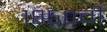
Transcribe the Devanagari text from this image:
१८५०ची